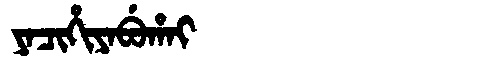
Manchu: ᠶᠠᠴᡳᡥᡳᠶᠠᠪᡠᡥᠠᡳ
Romanization: YACIHIYABUHAI